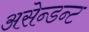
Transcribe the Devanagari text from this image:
असेन्डन्ट